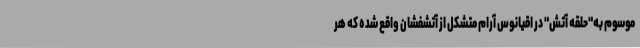
موسوم به"حلقه آتش" در اقیانوس آرام متشکل از آتشفشان واقع شده که هر